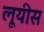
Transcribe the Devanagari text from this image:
लूयीस